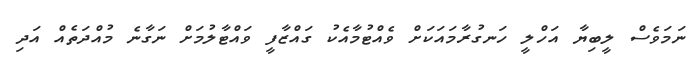
ނަމަވެސް ލީބިޔާ އަހްލީ ހަނގުރާމައަކަށް ވެއްޓުމާއެކު ގައްޒާފީ ވައްޓާލުމަށް ނަގާނެ މުއްދަތެއް އަދި